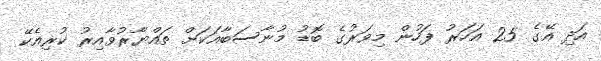
އަދި އޭގެ 25 އަހަރު ފަހުން މިވަރުގެ ބޮޑު މުނާސަބާއަކަށް ތައްޔާރުވާއިރު ކުރިއެކޭ